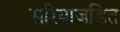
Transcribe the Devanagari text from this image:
सरियाजडित